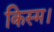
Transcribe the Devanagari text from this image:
किस्म।